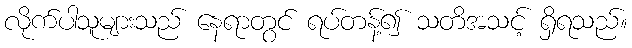
လိုက်ပါသူများသည် နေရာတွင် ရပ်တန့်၍ သတိအသင့် ရှိရသည်။